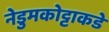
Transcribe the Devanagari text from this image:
नेडुमकोट्टाकडे